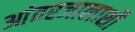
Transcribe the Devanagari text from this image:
आंतरजालाशी